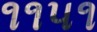
૧૧૫૧